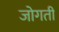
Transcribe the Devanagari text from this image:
जोगती